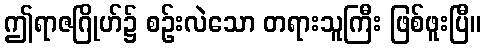
ဤရာဇဂြိုဟ်၌ စဉ်းလဲသော တရားသူကြီး ဖြစ်ဖူးပြီ။